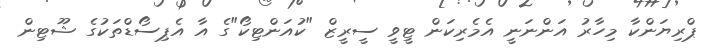
ޕްރިޔަންކާ މިހާރު އަންނަނީ އެމެރިކަން ޓީވީ ސީރީޒް "ކުއަންޓިކޯ"ގެ އާ އެޕިސޯޑްތަކުގެ ޝޫޓިން